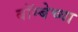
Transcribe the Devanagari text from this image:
बॉम्बेच्या